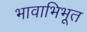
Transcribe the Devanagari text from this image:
भावाभिभूत